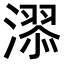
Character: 𣽓